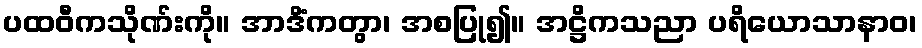
ပထဝီကသိုဏ်းကို။ အာဒိံကတွာ၊ အစပြု၍။ အဋ္ဌိကသညာ ပရိယောသာနာဝ၊